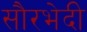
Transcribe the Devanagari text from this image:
सौरभेदी